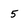
Character: 5